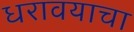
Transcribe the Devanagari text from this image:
धरावयाचा